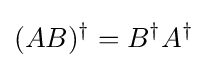
(AB)^{\dagger }=B^{\dagger }A^{\dagger }